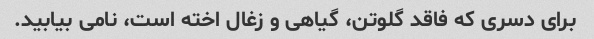
برای دسری که فاقد گلوتن، گیاهی و زغال اخته است، نامی بیابید.